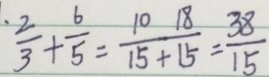
\frac { . 2 } { 3 } + \frac { 6 } { 5 } = \frac { 1 0 1 8 } { 1 5 + 1 5 } = \frac { 3 8 } { 1 5 }